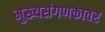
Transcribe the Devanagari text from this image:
मुख्यसंगणकावर